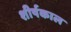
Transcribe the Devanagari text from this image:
शीर्षकाल